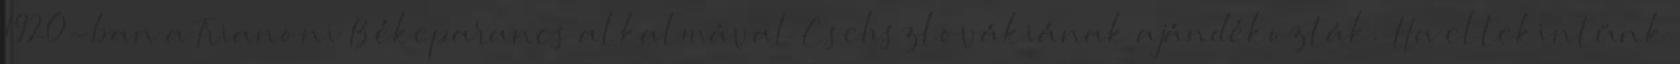
1920-ban a Trianoni Békeparancs alkalmával Csehszlovákiának ajándékozták. Ha eltekintünk